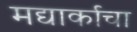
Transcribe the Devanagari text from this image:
मद्यार्काचा